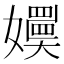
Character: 嬽